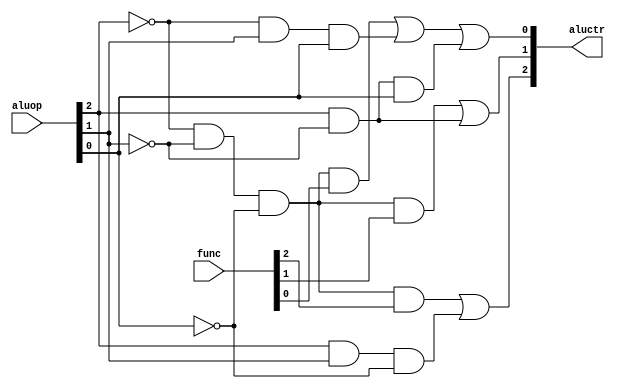
module alucontrol(input [2:0] aluop, input [5:0] func, output [2:0] aluctr);
	wire aluctr2_and1;
	wire aluctr2_and2;
	
	wire aluctr1_and1;
	wire aluctr1_and2;
	wire aluctr1_and3;
	wire aluctr1_and4;
	
	wire aluctr0_and1;
	wire aluctr0_and2;
	wire aluctr0_and3;

	// my func is until 000110 so no need to add first 3 bits
	wire [2:0] not_of_aluop, not_of_func;
	
	// for loop for not operation of opcode
	genvar i; // generation variable to prevent repetition
	generate 
	// my func is until 000110 so no need to change first 3 bits
		for (i=0; i<=2; i = i+1) begin: mynotgeneration
			not (not_of_aluop[i], aluop[i]);
			not (not_of_func[i], func[i]);
		end
	endgenerate
	
	
	// for ALUctr[2] 
	and a0(aluctr2_and1, not_of_aluop[2], not_of_aluop[1], not_of_aluop[0], func[2]);
	and a1(aluctr2_and2, aluop[2], aluop[1], not_of_aluop[0]);
	or o0(aluctr[2], aluctr2_and1, aluctr2_and2);
	
	// For ALUctr[1] 
	and a2(aluctr1_and1, not_of_aluop[2], not_of_aluop[1], not_of_aluop[0], func[1]);
	and a3(aluctr1_and2, aluop[2], not_of_aluop[1]);
	or o1(aluctr[1], aluctr1_and1, aluctr1_and2);		
	
	// For ALUctr[0]
	and a6(aluctr0_and1, not_of_aluop[2], not_of_aluop[1], not_of_aluop[0], func[0]);
	and a7(aluctr0_and2, not_of_aluop[2], aluop[1], aluop[0]);
	and a8(aluctr0_and3, aluop[2], not_of_aluop[1], aluop[0]);
	or o2(aluctr[0], aluctr0_and1, aluctr0_and2, aluctr0_and3);	

endmodule